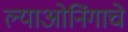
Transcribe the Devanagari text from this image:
ल्याओनिंगाचे